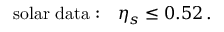
\mathrm { s o l a r ~ d a t a : } \quad \eta _ { s } \leq 0 . 5 2 \, .